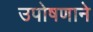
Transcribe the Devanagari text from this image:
उपोषणाने